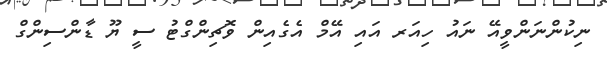
ނިކުންނަންވީއޭ ނައު ހިއަރ އައި އޭމް އެގެއިން ވޮޗިންގްޓު ސީ ޔޫ ޑާންސިންގް